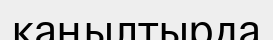
қаңылтырда